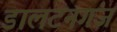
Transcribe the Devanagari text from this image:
डालटनगंज